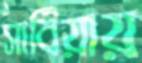
সার্বিয়ায়